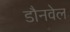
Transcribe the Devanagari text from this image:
डौनवेल